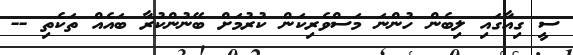
ސީ ގިއާގައި ލިބެން ހުންނަ މަސްވެރިކަން ކުރުމަށް ބޭނުންކުރާ ބައެއް ތަކެތި --